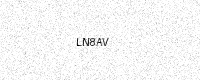
Text: LN8AV